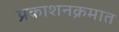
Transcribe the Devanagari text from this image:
प्रकाशनक्रमात